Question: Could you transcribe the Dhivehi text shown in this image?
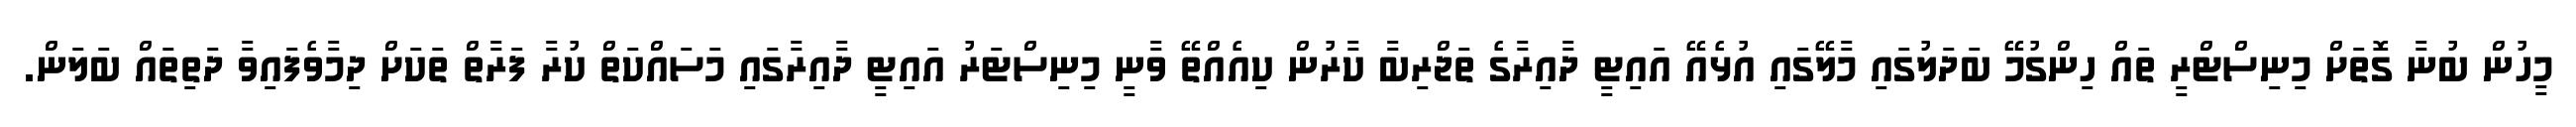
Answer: މީހުން ބުނާ ގޮތަށް މިނިސްޓްރީ ތައް ހިންގުމޭ ބަދަލުގައި މާލޭގައި އުޅެއޭ އައިޓީ ދާއިރާގެ ތަޖްރިބާ ކާރުން ކިއެއްތޭ ވާނީ މިނިސްޓަރު އައިޓީ ދާއިރާގައި މަސައްކަތް ކުރާ ފަރާތް ތަކަށް ދިމާވެފައިވާ ދަތިތައް ބަލަން.